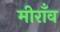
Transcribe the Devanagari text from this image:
मीराँव